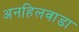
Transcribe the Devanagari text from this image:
अनहिलवाडा